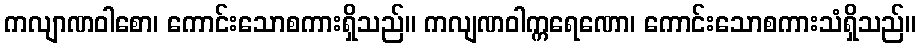
ကလျာဏဝါစော၊ ကောင်းသောစကားရှိသည်။ ကလျဏဝါက္ကရေဏော၊ ကောင်းသောစကားသံရှိသည်။